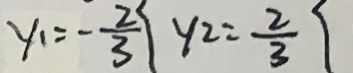
y _ { 1 } = - \frac { 2 } { 3 } [ y _ { 2 } = \frac { 2 } { 3 } [